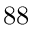
8 8